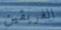
الفريقين